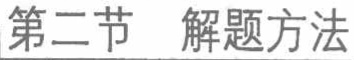
\section{解题方法}